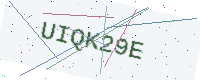
Text: UIQK29E